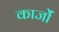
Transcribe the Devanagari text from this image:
कार्जों